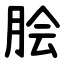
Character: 脍